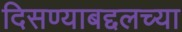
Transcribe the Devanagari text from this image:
दिसण्याबद्दलच्या